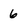
Character: 6